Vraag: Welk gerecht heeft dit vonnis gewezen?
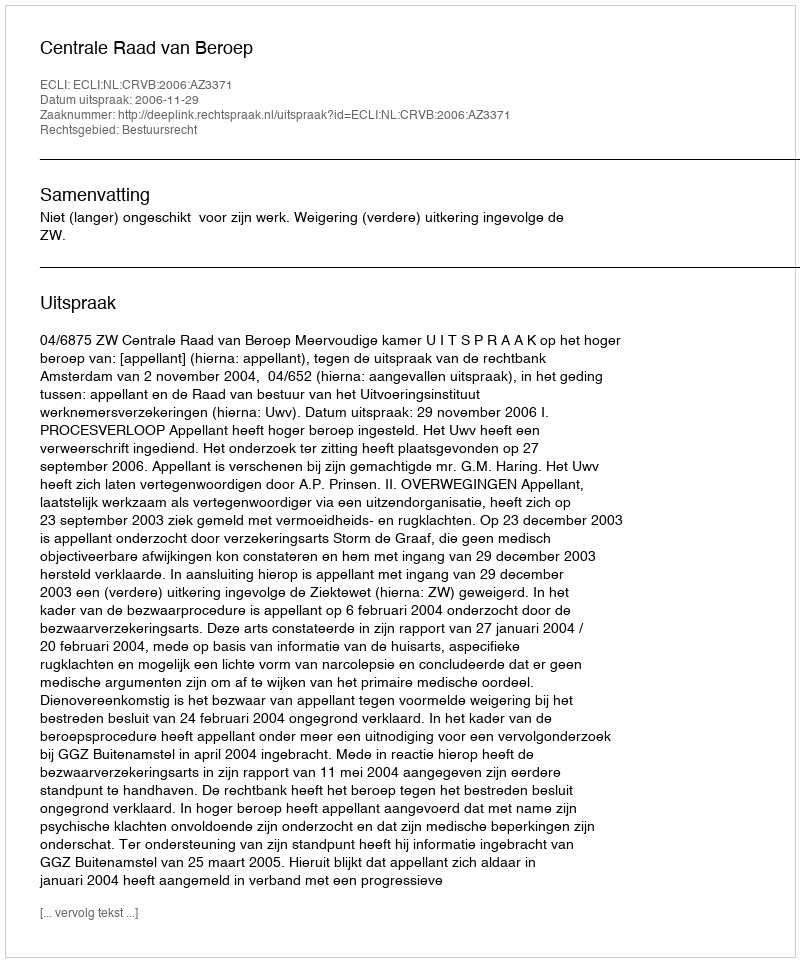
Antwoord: Centrale Raad van Beroep